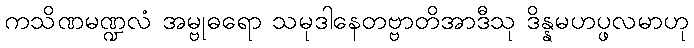
ကသိဏမဏ္ဍလံ အမ္ဗုဓရော သမုဒါနေတဗ္ဗာတိအာဒီသု ဒိန္နမဟပ္ဖလမာဟု